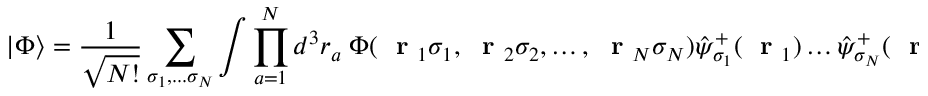
| \Phi \rangle = \frac { 1 } { \sqrt { N ! } } \sum _ { \sigma _ { 1 } , . . . \sigma _ { N } } \int \prod _ { a = 1 } ^ { N } d ^ { 3 } r _ { a } \; \Phi ( \mathrm { ~ \bf ~ r ~ } _ { 1 } \sigma _ { 1 } , \mathrm { ~ \bf ~ r ~ } _ { 2 } \sigma _ { 2 } , \dots , \mathrm { ~ \bf ~ r ~ } _ { N } \sigma _ { N } ) \hat { \psi } _ { \sigma _ { 1 } } ^ { + } ( \mathrm { ~ \bf ~ r ~ } _ { 1 } ) \dots \hat { \psi } _ { \sigma _ { N } } ^ { + } ( \mathrm { ~ \bf ~ r ~ } _ { N } ) | 0 \rangle